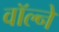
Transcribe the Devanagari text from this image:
वॉल्ने